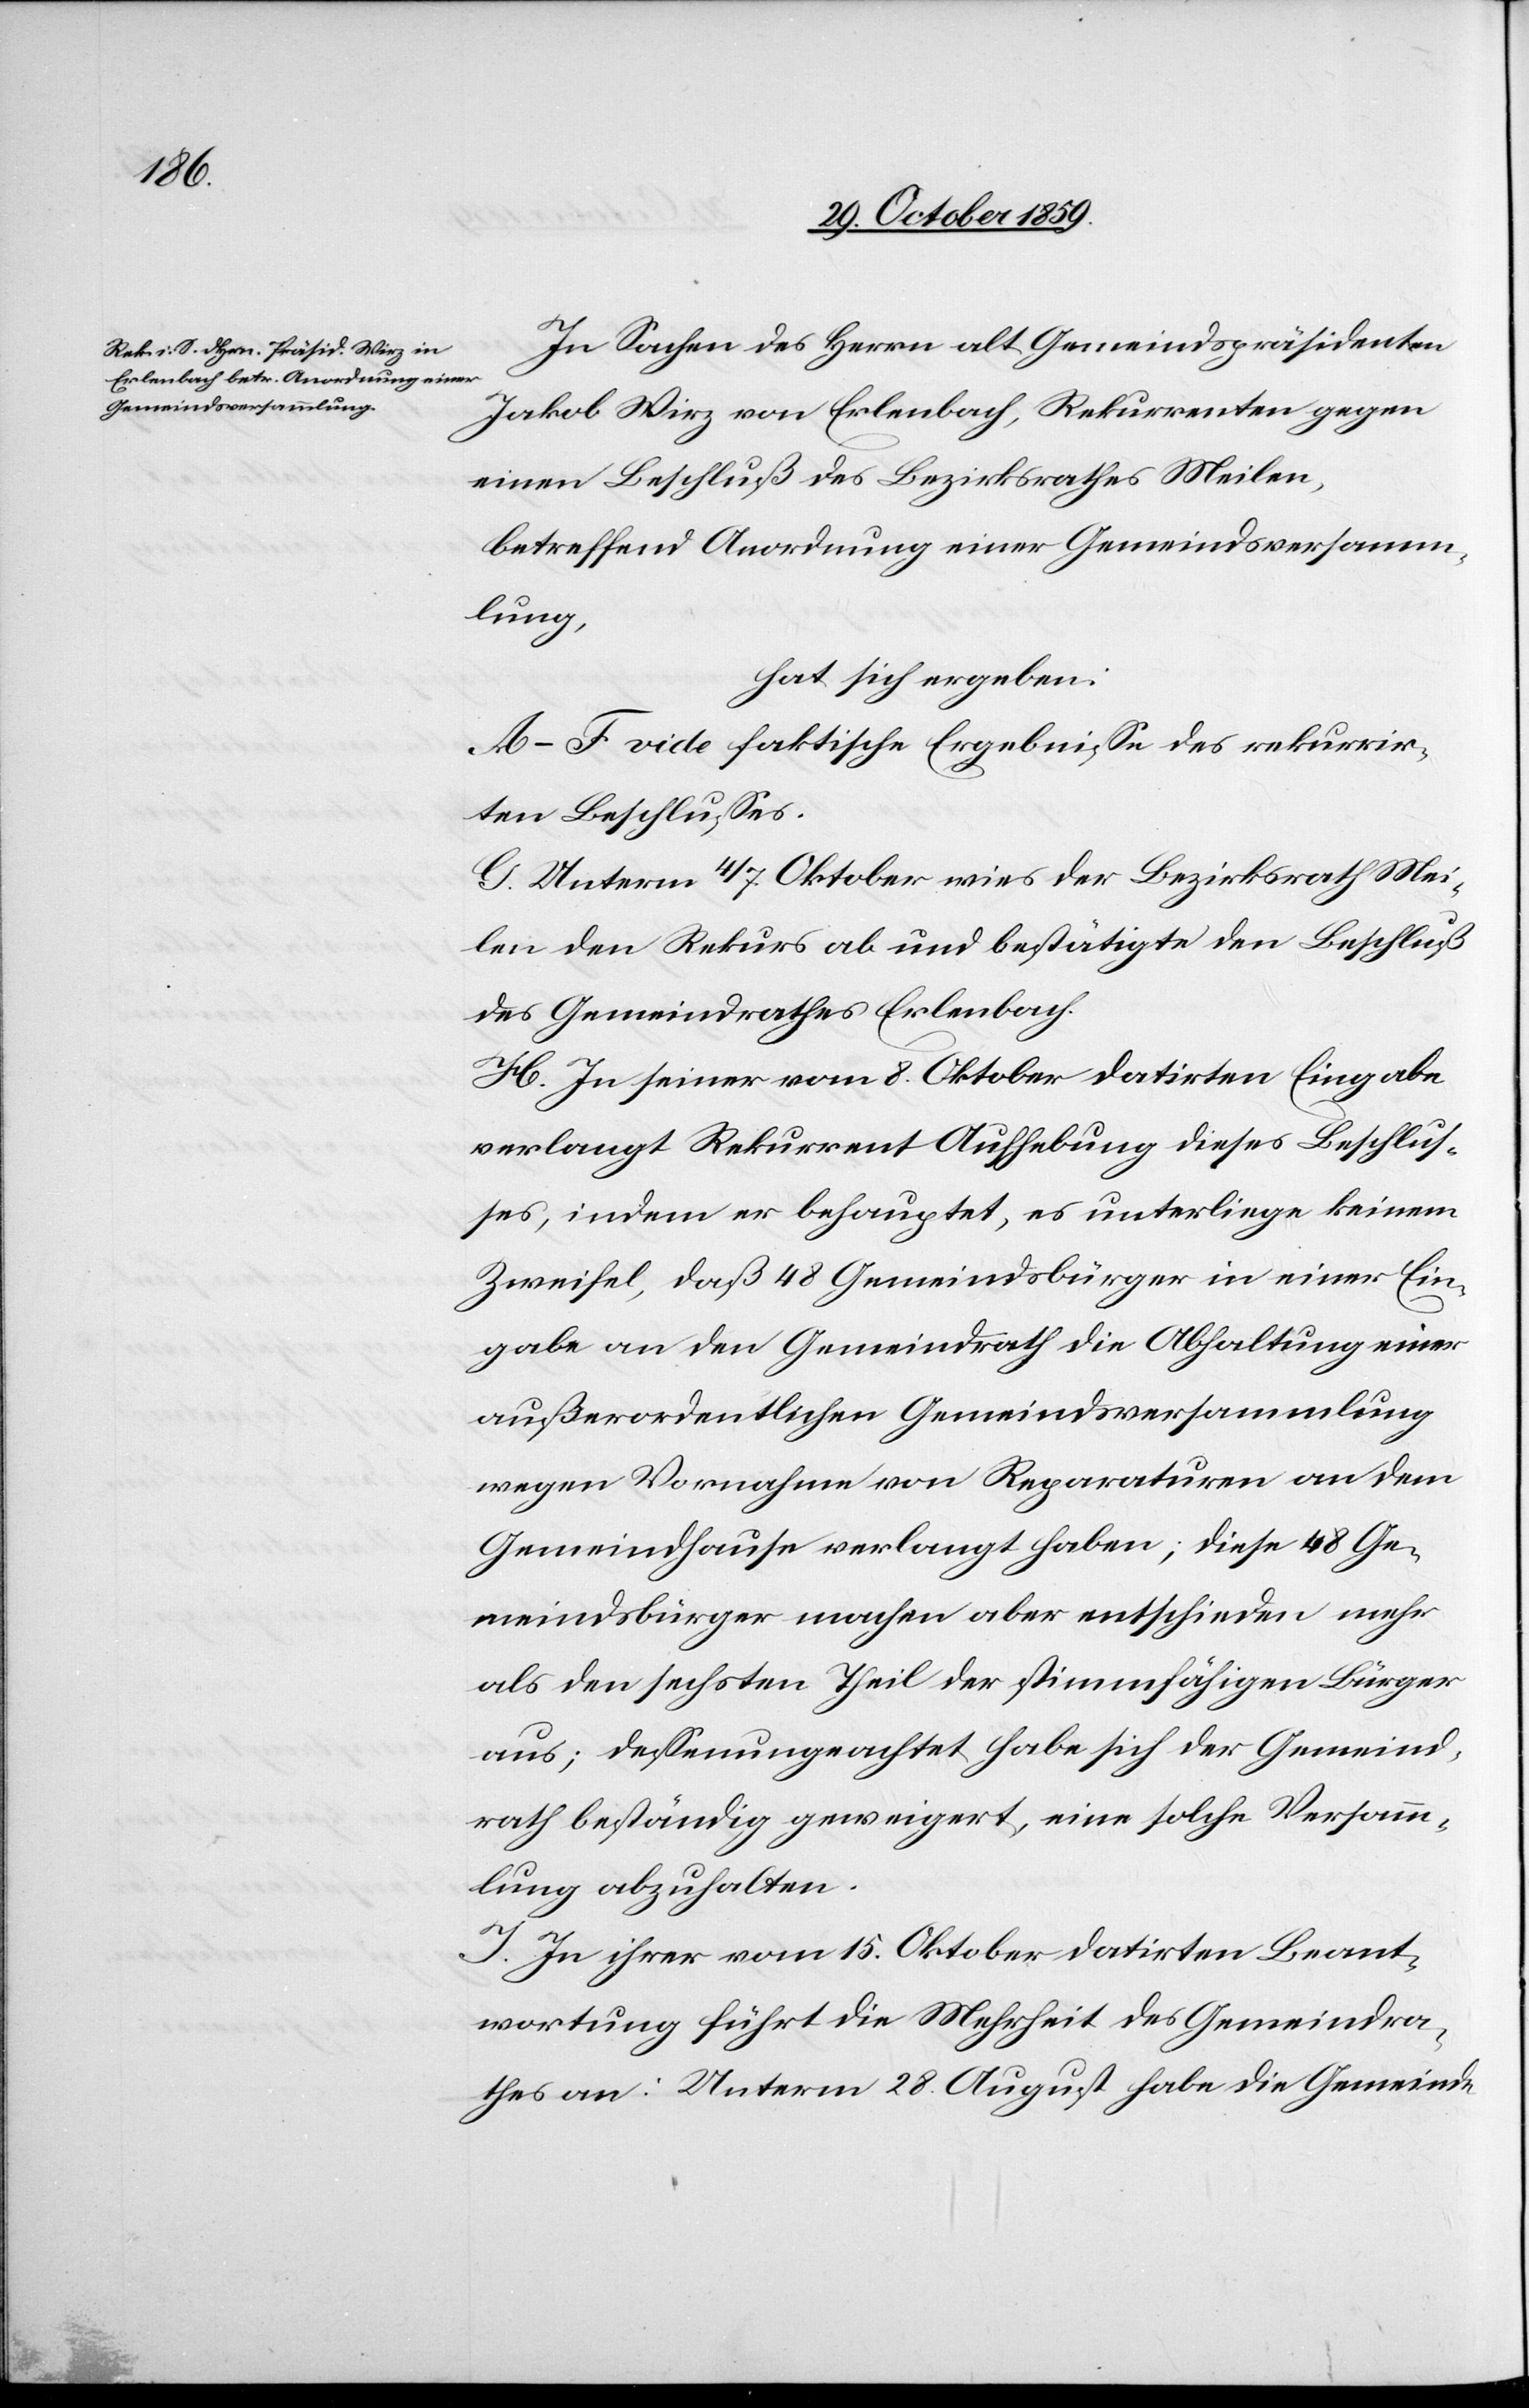
In Sachen des Herrn alt Gemeindspräsidenten
Jakob Wirz von Erlenbach, Rekurrenten gegen
einen Beschluß des Bezirksrathes Meilen,
betreffend Anordnung einer Gemeindsversamm¬
lung,
hat sich ergeben:
A–F vide faktische Ergebnisse des rekurrir¬
ten Beschlusses.
G. Unterm 4/7. Oktober wies der Bezirksrath Mei¬
len den Rekurs ab und bestätigte den Beschluß
des Gemeinderathes Erlenbach.
H. In seiner vom 8. Oktober datirten Eingabe
verlangt Rekurrent Aufhebung dieses Beschlus¬
ses, indem er behauptet, es unterliege keinem
Zweifel, daß 48 Gemeindsbürger in einer Ein¬
gabe an den Gemeindrath die Abhaltung einer
außerordentlichen Gemeindsversammlung
wegen Vornahme von Reparaturen an dem
Gemeindhause verlangt haben; diese 48 Ge¬
meindsbürger machen aber entschieden mehr
als den sechsten Theil der stimmfähigen Bürger
aus; dessenungeachtet habe sich der Gemeind¬
rath beständig geweigert, eine solche Versamm¬
lung abzuhalten.
I. In ihrer vom 15. Oktober datirten Beant¬
wortung führt die Mehrheit des Gemeindra¬
thes an: Unterm 28. August habe die Gemeinde